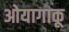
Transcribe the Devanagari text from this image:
ओयागाकू